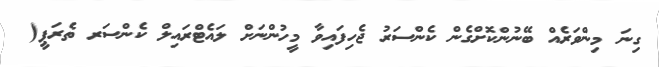
ގިނަ މިންވަރެއް ބޭނުންކޮށްގެން ކެންސަރު ޖެހިފައިވާ މީހުންނަށް ލައެޓްރައިލް ކެންސަރ ތެރަޕީ(